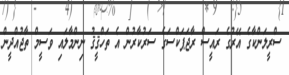
ސްރީލަންކާގެ އޭރުގެ ރައީސް ރާޖަޕަކްސަގެ ސަރުކާރުން އެ ތަހްޤީޤު ނިންމާލައި ވަސީމް ތާޖުއްދީން